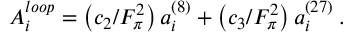
A _ { i } ^ { l o o p } = \left( c _ { 2 } / F _ { \pi } ^ { 2 } \right) a _ { i } ^ { \left( 8 \right) } + \left( c _ { 3 } / F _ { \pi } ^ { 2 } \right) a _ { i } ^ { \left( 2 7 \right) } \: .